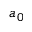
a _ { 0 }